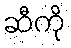
ဆီကို